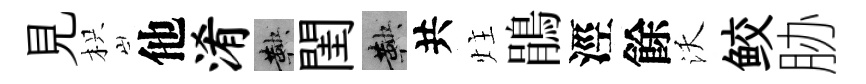
見枳他淆鞅閨鞅共炷鵑涇餘沃鲛胁